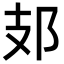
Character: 𨙸